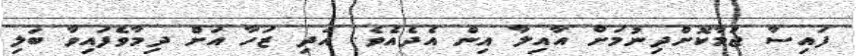
ފައިސާ ޖަމާކޮށްދިނުމަށް އާއިލާ އިން އެދެއެވެ. އަދި ޒަހާ އަށް ދިމާވެފައިވާ ބަލި